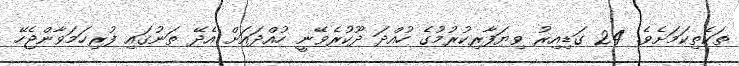
ތަކެތިކަމަށެވެ. 24 ގަޑިއިރު ވިޔަފާރިކުރުމުގެ ހުއްދަ ދޫކުރެވޭނީ ހުއްދައަށް އެދޭ ތަނުގައި ފުރިހަމަވާންޖެހޭ